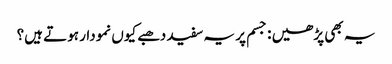
یہ بھی پڑھیں : جسم پر یہ سفید دھبے کیوں نمودار ہوتے ہیں؟